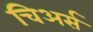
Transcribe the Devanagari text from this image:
चिअर्स